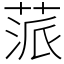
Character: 蒎